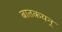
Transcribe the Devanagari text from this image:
बातकयन्